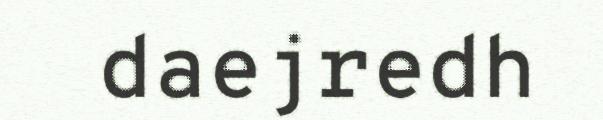
daejredh